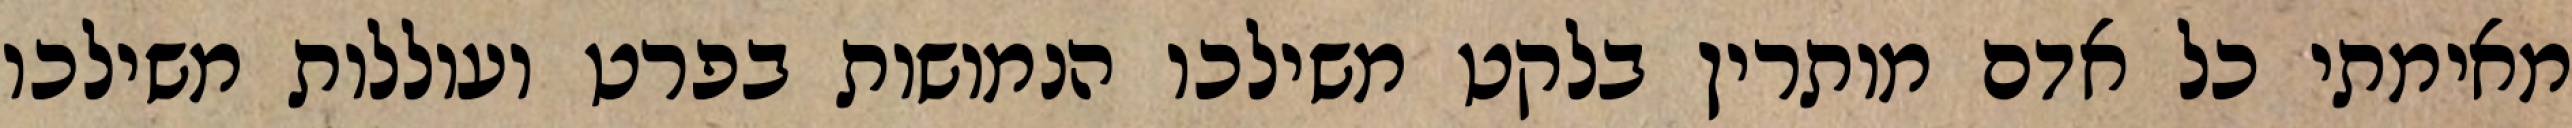
מאימתי כל אדם מותרין בלקט משילכו הנמושות בפרט ועוללות משילכו